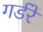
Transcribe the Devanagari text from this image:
गर्डरें